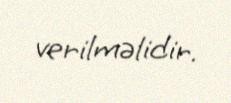
verilməlidir.